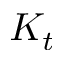
K _ { t }